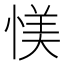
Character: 𱞸